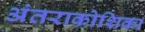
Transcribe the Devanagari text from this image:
अंतराकोशिका